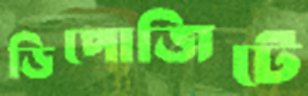
ডিপোজিটে